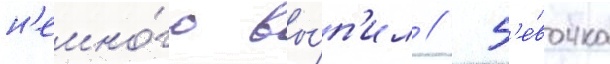
н'емно́го вы́п'ил // Д'е́вочка